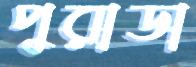
পুরাডা